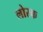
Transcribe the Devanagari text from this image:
लोरक